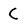
Character: C